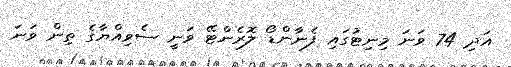
އަދި 74 ވަނަ މިނިޓުގައި ފެނާންޑޯ ލޮރެންޓޭ ވަނީ ސެވިއްޔާގެ ތިން ވަނަ